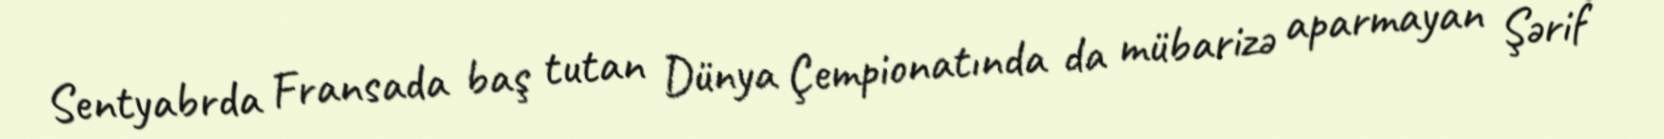
Sentyabrda Fransada baş tutan Dünya Çempionatında da mübarizə aparmayan Şərif